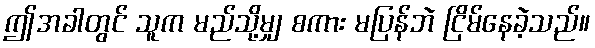
ဤအခါတွင် သူက မည်သို့မျှ စကား မပြန်ဘဲ ငြိမ်နေခဲ့သည်။